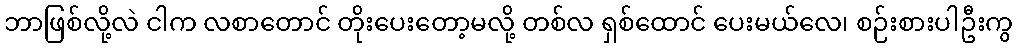
ဘာဖြစ်လို့လဲ ငါက လစာတောင် တိုးပေးတော့မလို့ တစ်လ ရှစ်ထောင် ပေးမယ်လေ၊ စဉ်းစားပါဦးကွ